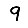
Digit: 9